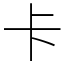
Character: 卡